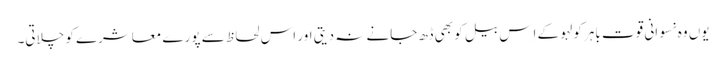
یوں وہ نسوانی قوت باہر کولہو کے اِس بیل کو بھی ڈھ جانے نہ دیتی اور اس لحاظ سے پورے معاشرے کو چلاتی۔